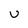
Character: v